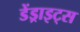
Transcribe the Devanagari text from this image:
डेंड्राइट्स